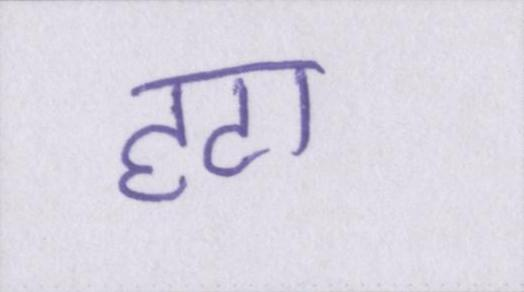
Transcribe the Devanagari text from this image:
हटा